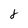
Character: f